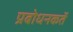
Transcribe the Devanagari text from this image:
प्रबोधनकर्ते